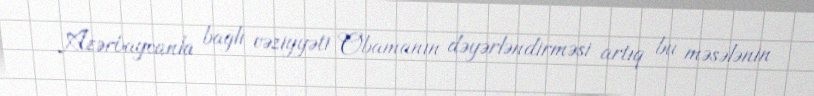
Azərbaycanla bağlı vəziyyəti Obamanın dəyərləndirməsi artıq bu məsələnin